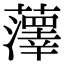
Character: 䕪